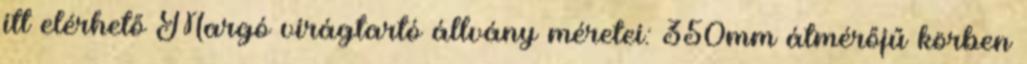
itt elérhető Margó virágtartó állvány méretei: 350mm átmérőjű körben